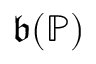
{ \mathfrak { b } } ( { \mathbb { P } } )